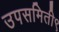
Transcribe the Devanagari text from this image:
उपसमिती९